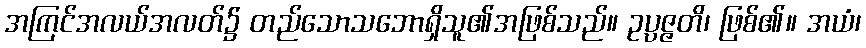
အကြင်အလယ်အလတ်၌ တည်သောသဘောရှိသူ၏အဖြစ်သည်။ ဥပ္ပဇ္ဇတိ၊ ဖြစ်၏။ အယံ၊